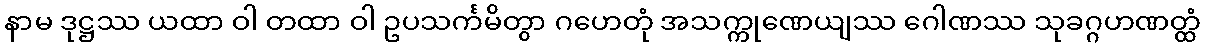
နာမ ဒုဋ္ဌဿ ယထာ ဝါ တထာ ဝါ ဥပသင်္ကမိတွာ ဂဟေတုံ အသက္ကုဏေယျဿ ဂေါဏဿ သုခဂ္ဂဟဏတ္ထံ